Indian journal of veterinary science and animal husbandry - Volumes 18-21, 1948-1951
Year: 1948
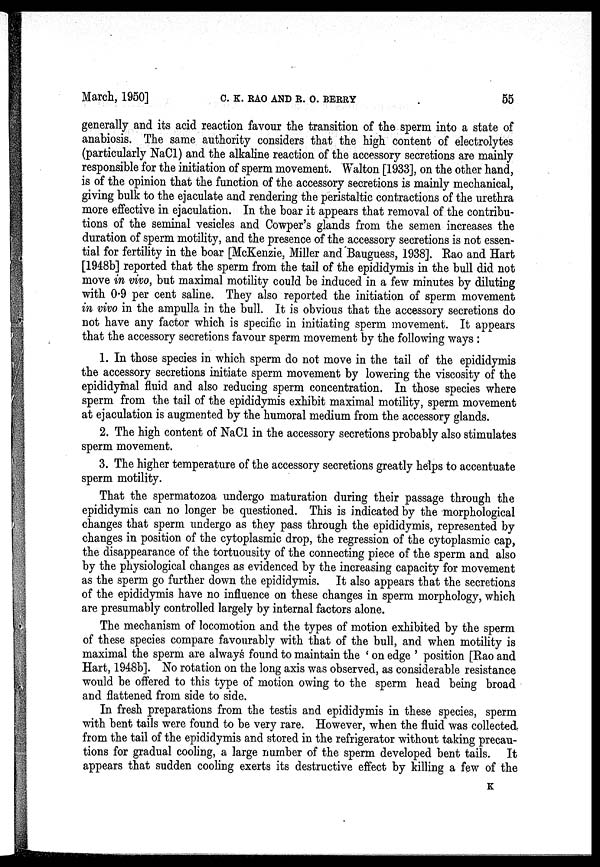
March, 1950]
C.
K.
RAO
AND
R.
O.
BERRY
55
generally and its acid reaction favour the transition of the sperm into a state of
anabiosis. The same authority considers that the high content of electrolytes
(particularly NaCl) and the alkaline reaction of the accessory secretions are mainly
responsible for the initiation of sperm movement. Walton [1933], on the other hand,
is of the opinion that the function of the accessory secretions is mainly mechanical,
giving bulk to the ejaculate and rendering the peristaltic contractions of the urethra
more effective in ejaculation. In the boar it appears that removal of the contribu-
tions of the seminal vesicles and Cowper's glands from the semen increases the
duration of sperm motility, and the presence of the accessory secretions is not essen-
tial for fertility in the boar [McKenzie, Miller and Bauguess, 1938]. Rao and Hart
[1948b] reported that the sperm from the tail of the epididymis in the bull did not
move in vivo, but maximal motility could be induced in a few minutes by diluting
with 0.9 per cent saline. They also reported the initiation of sperm movement
in vivo in the ampulla in the bull. It is obvious that the accessory secretions do
not have any factor which is specific in initiating sperm movement. It appears
that the accessory secretions favour sperm movement by the following ways :
1. In those species in which sperm do not move in the tail of the epididymis
the accessory secretions initiate sperm movement by lowering the viscosity of the
epididymal fluid and also reducing sperm concentration. In those species where
sperm from the tail of the epididymis exhibit maximal motility, sperm movement
at ejaculation is augmented by the humoral medium from the accessory glands.
2. The high content of NaCl in the accessory secretions probably also stimulates
sperm movement.
3. The higher temperature of the accessory secretions greatly helps to accentuate
sperm motility.
That the spermatozoa undergo maturation during their passage through the
epididymis can no longer be questioned. This is indicated by the morphological
changes that sperm undergo as they pass through the epididymis, represented by
changes in position of the cytoplasmic drop, the regression of the cytoplasmic cap,
the disappearance of the tortuousity of the connecting piece of the sperm and also
by the physiological changes as evidenced by the increasing capacity for movement
as the sperm go further down the epididymis. It also appears that the secretions
of the epididymis have no influence on these changes in sperm morphology, which
are presumably controlled largely by internal factors alone.
The mechanism of locomotion and the types of motion exhibited by the sperm
of these species compare favourably with that of the bull, and when motility is
maximal the sperm are always found to maintain the ' on edge ' position [Rao and
Hart, 1948b]. No rotation on the long axis was observed, as considerable resistance
would be offered to this type of motion owing to the sperm head being broad
and flattened from side to side.
In fresh preparations from the testis and epididymis in these species, sperm
with bent tails were found to be very rare. However, when the fluid was collected
from the tail of the epididymis and stored in the refrigerator without taking precau-
tions for gradual cooling, a large number of the sperm developed bent tails. It
appears that sudden cooling exerts its destructive effect by killing a few of the
K